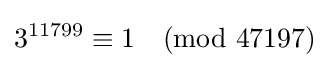
3^{11799}\equiv 1{\pmod {47197}}